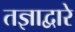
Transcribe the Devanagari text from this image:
तज्ञाद्वारे